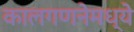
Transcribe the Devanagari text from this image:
कालगणनेमध्ये